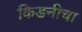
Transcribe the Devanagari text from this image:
किडनीचा